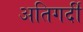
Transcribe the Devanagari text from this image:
अतिगर्दी